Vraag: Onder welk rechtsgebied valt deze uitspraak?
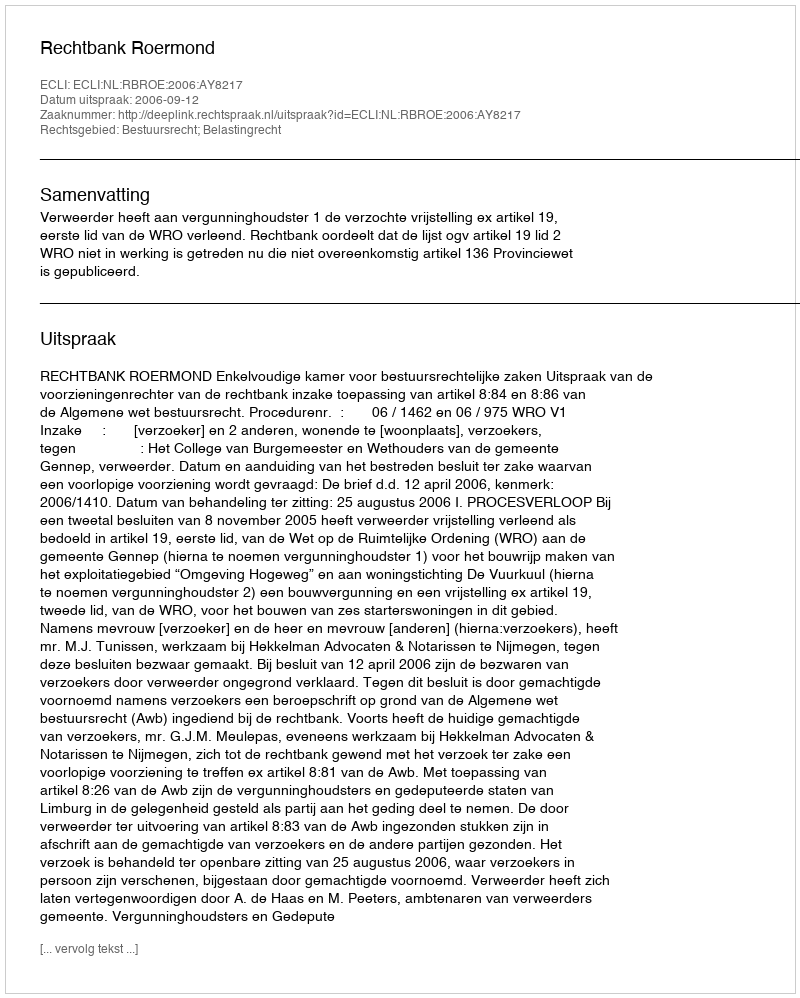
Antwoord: Bestuursrecht; Belastingrecht